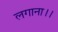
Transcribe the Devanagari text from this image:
लगाना।।